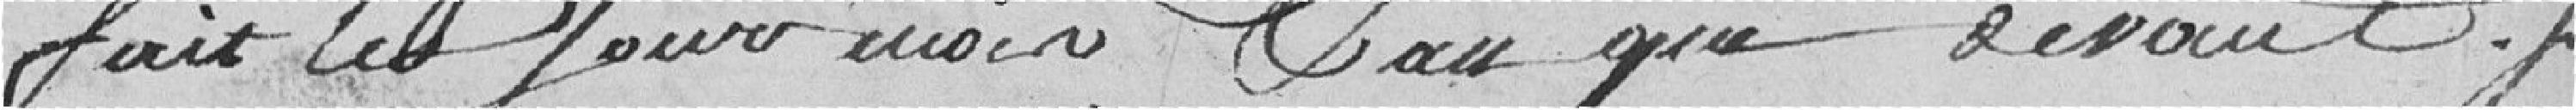
Fait le jour mois & an que devant.